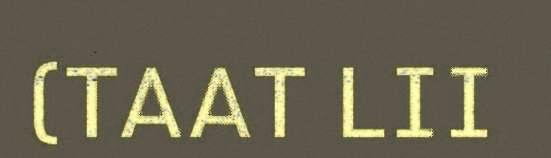
(TAAT LII